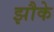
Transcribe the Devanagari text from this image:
झौके